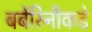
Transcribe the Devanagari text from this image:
बर्बेरिनीकडे